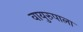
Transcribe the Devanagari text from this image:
वायुरुपाला